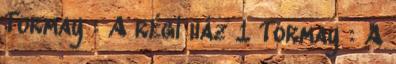
Tormay : A régi ház 1 Tormay : A